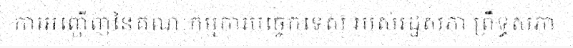
ការអញ្ជើញនៃគណៈកម្មការបច្ចេកទេស របស់រដ្ឋសភា ព្រឹទ្ធសភា